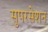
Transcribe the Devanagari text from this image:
सुपरसेशन